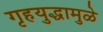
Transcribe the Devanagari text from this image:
गृहयुद्धामुळे